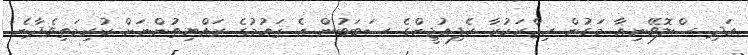
އަދި ސްލޮވޭނިއާ މަގުން ހިޖްރަކުރާ ރެފިއުޖީންގެ ސަބަބުން އެ ޤައުމުގެ ރައްޔިތުންނަށް ކުރިމަތިވެދާނެ